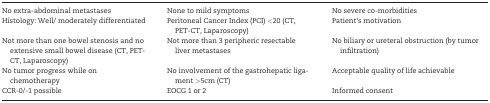
<table><thead></thead><tbody><tr><td>No extra-abdominal metastases</td><td>None to mild symptoms</td><td>No severe co-morbidities</td></tr><tr><td>Histology: Well/ moderately differentiated</td><td>Peritoneal Cancer Index (PCI) &lt;20 (CT, PET-CT, Laparoscopy)</td><td>Patient‘s motivation</td></tr><tr><td>Not more than one bowel stenosis and no extensive small bowel disease (CT, PET-CT, Laparoscopy)</td><td>Not more than 3 peripheric resectable liver metastases</td><td>No biliary or ureteral obstruction (by tumor infiltration)</td></tr><tr><td>No tumor progress while on chemotherapy</td><td>No involvement of the gastrohepatic ligament &gt;5cm (CT)</td><td>Acceptable quality of life achievable</td></tr><tr><td>CCR-0/-1 possible</td><td>EOCG 1 or 2</td><td>Informed consent</td></tr></tbody></table>